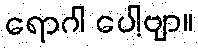
ရောဂါ ပေါ့ဗျာ။